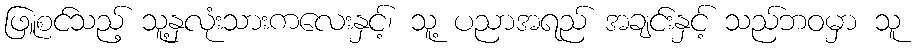
ဖြူစင်သည့် သူ့နှလုံးသားကလေးနှင့်၊ သူ့ ပညာအရည် အချင်းနှင့် သည်ဘဝမှာ သူ